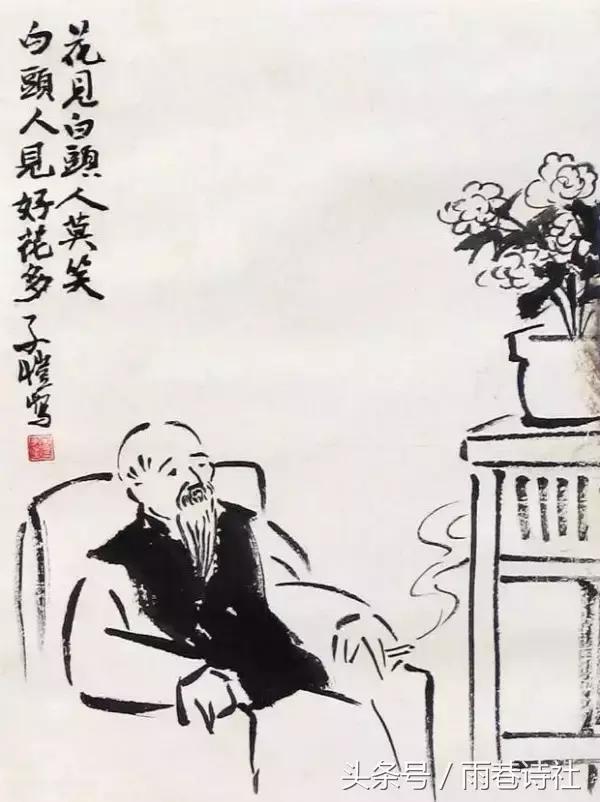
壮心未与年俱老，死去犹能作鬼雄。